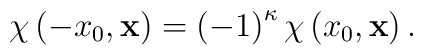
\chi \left( -x_{0},\mathbf{x}\right) =\left( -1\right) ^{\kappa }\chi \left(x_{0},\mathbf{x}\right) .